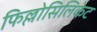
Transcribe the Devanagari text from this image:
फिल्लोसिलिकेट